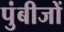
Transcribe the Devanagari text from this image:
पुंबीजों